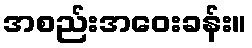
အစည်းအဝေးခန်း။